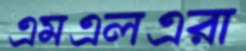
এমএলএরা